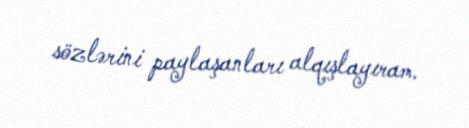
sözlərini paylaşanları alqışlayıram.